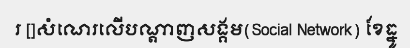
រ []សំណេរលើបណ្តាញសង្គម(Social Network) ខែធ្នូ